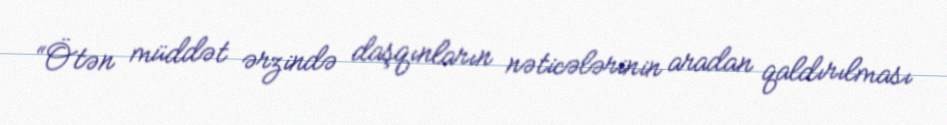
“Ötən müddət ərzində daşqınların nəticələrinin aradan qaldırılması